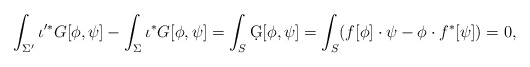
\begin{align*}\int_{\Sigma'} \iota^{\prime*} G[\phi,\psi]- \int_{\Sigma} \iota^* G[\phi,\psi]= \int_S \d G[\phi,\psi]= \int_S (f[\phi]\cdot \psi - \phi\cdot f^*[\psi])= 0 ,\end{align*}